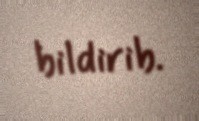
bildirib.